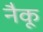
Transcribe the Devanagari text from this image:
नैकू